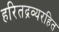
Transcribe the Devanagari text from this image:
हरितद्रव्यरहित